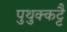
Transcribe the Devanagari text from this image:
पुथुक्कट्टै